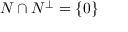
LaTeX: N \cap N ^ { \perp } = \{ 0 \}